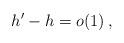
LaTeX: \begin{align*}h'- h = o(1)\, ,\end{align*}